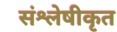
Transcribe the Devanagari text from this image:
संश्लेषीकृत